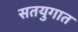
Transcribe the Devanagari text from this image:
सतयुगात